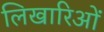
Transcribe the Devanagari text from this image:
लिखारिओं